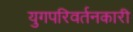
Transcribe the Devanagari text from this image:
युगपरिवर्तनकारी